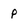
Character: p